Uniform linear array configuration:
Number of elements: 8
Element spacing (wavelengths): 0.5
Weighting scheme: kaiser
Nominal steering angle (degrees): -60
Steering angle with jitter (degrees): -59.419
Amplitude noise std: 0.05
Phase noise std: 0.05

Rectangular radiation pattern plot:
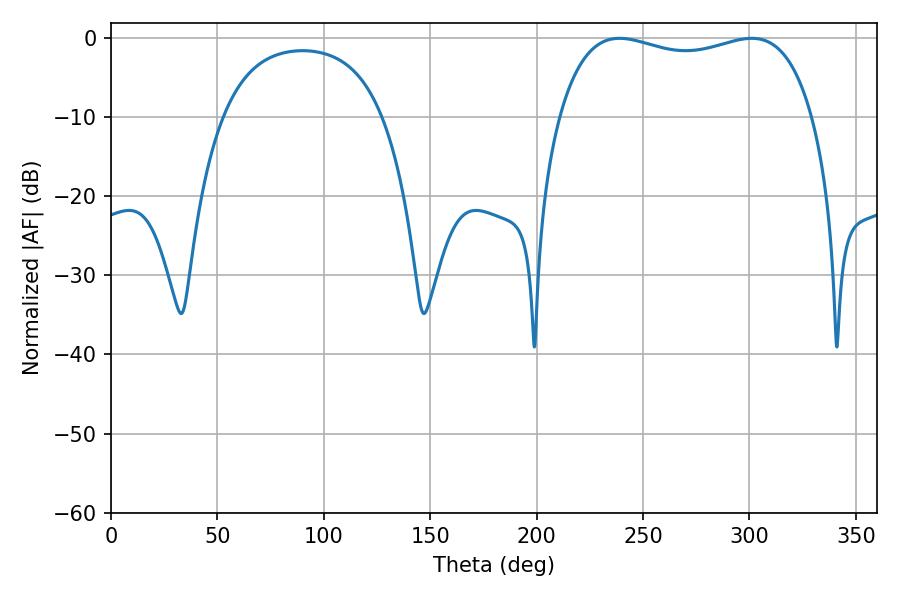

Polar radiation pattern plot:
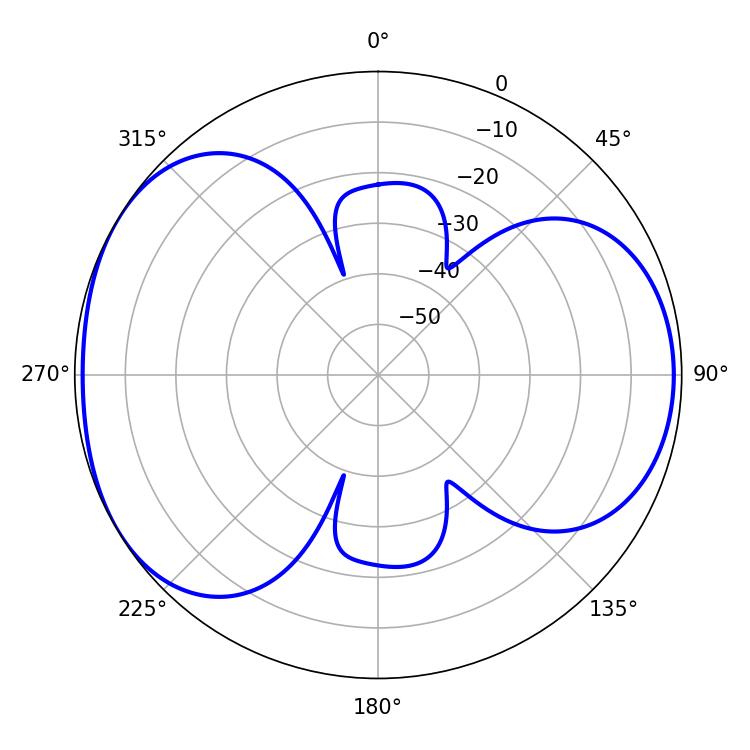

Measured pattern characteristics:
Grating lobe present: FALSE
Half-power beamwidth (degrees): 97.2
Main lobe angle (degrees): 238.86